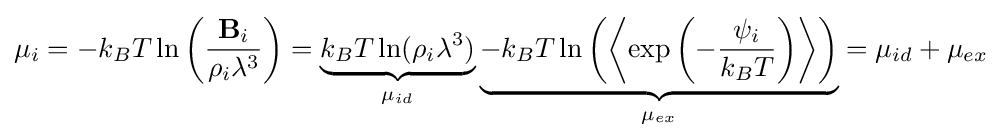
\mu _{i}=-k_{B}T\ln \left({\frac {\mathbf {B} _{i}}{\rho _{i}\lambda ^{3}}}\right)=\underbrace {k_{B}T\ln(\rho _{i}\lambda ^{3})} _{\mu _{id}}\underbrace {-k_{B}T\ln \left(\left\langle \exp \left(-{\frac {\psi _{i}}{k_{B}T}}\right)\right\rangle \right)} _{\mu _{ex}}=\mu _{id}+\mu _{ex}